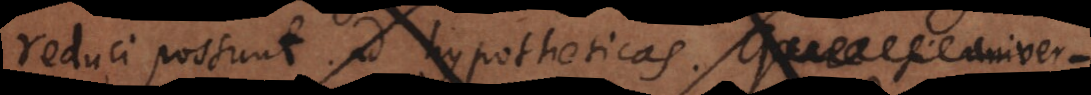
reduci possunt ad hypotheticas. Quare